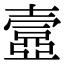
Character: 𡔾